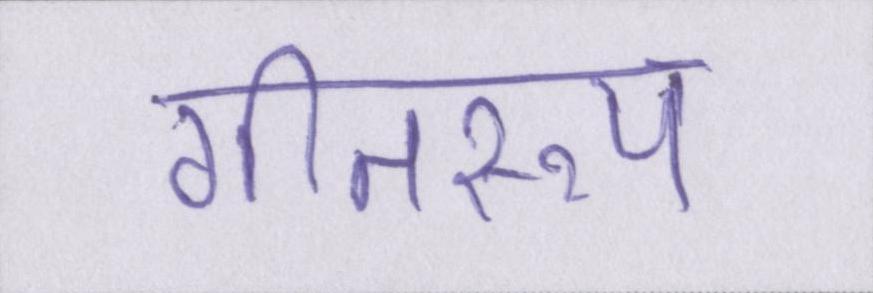
गीतरूप